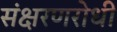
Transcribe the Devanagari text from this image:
संक्षरणरोधी